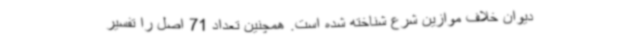
دیوان خلاف موازین شرع شناخته شده است. همچنین تعداد 71 اصل را تفسیر